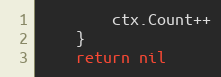
Language: Go
		ctx.Count++
	}
	return nil